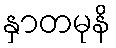
နှာတမုနိ